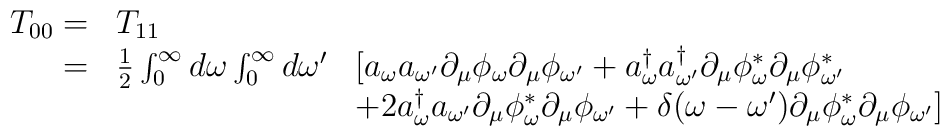
\begin{array}{rll}T_{00}=&T_{11}&\\=&{1\over 2}\int^{\infty}_{0}d\omega\int^{\infty}_0d\omega^{\prime}&\big[a_{\omega}a_{\omega^{\prime}}\partial_{\mu}\phi_{\omega}\partial_{\mu}\phi_{\omega^{\prime}}+a_{\omega}^{\dagger}a_{\omega^{\prime}}^{\dagger} \partial_{\mu}\phi_{\omega}^{\ast}\partial_{\mu}\phi_{\omega^{\prime}}^{\ast}\\&&+2a_{\omega}^{\dagger}a_{\omega^{\prime}}\partial_{\mu}\phi_{\omega}^{\ast}\partial_{\mu}\phi_{\omega^{\prime}}+\delta(\omega-\omega^{\prime})\partial_{\mu}\phi_{\omega}^{\ast}\partial_{\mu}\phi_{\omega^{\prime}}\big]\\\end{array}